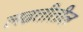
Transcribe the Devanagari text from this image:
लढतीतील